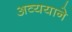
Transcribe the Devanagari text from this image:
अव्ययाने